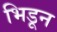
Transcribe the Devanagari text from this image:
भिडून